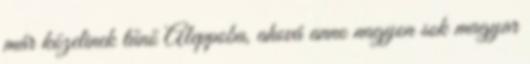
már közelinek tűnő Aleppoba, ahová anno nagyon sok magyar